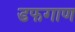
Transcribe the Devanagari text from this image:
डफगाण